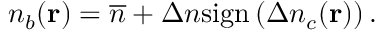
n _ { b } ( { \bf r } ) = \overline { { n } } + \Delta n \mathrm { s i g n } \left( \Delta n _ { c } ( { \bf r } ) \right) .